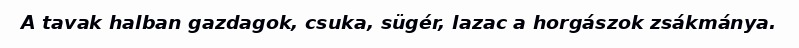
A tavak halban gazdagok, csuka, sügér, lazac a horgászok zsákmánya.